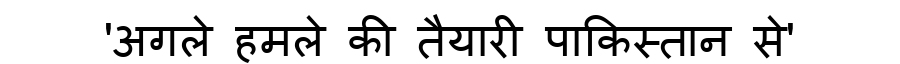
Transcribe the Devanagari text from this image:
'अगले हमले की तैयारी पाकिस्तान से'